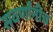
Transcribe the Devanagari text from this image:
सवर्णांनीच